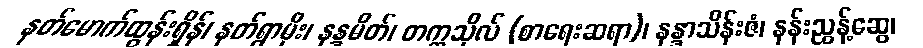
နတ်မောက်ထွန်းရှိန်၊ နတ်ရွာမိုး၊ နန္ဒမိတ်၊ တက္ကသိုလ် (စာရေးဆရာ)၊ နန္ဒာသိန်းဇံ၊ နန်းညွန့်ဆွေ၊